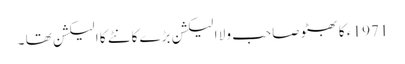
1971 ء کا بھٹو صاحب ولا ا لیکشن بڑے کانٹے کا الیکشن تھا ۔